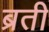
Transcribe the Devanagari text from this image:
ब्रती